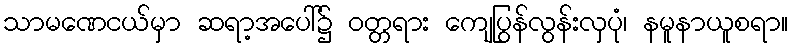
သာမဏေငယ်မှာ ဆရာ့အပေါ်၌ ဝတ္တရား ကျေပြွန်လွန်းလှပုံ၊ နမူနာယူစရာ။